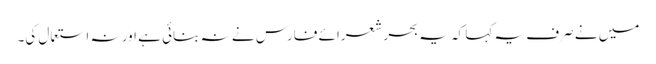
میں نے صرف یہ کہا کہ یہ بحر شعرائے فارس نے نہ بنائی ہے اور نہ استعمال کی۔